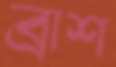
ব্রাশ